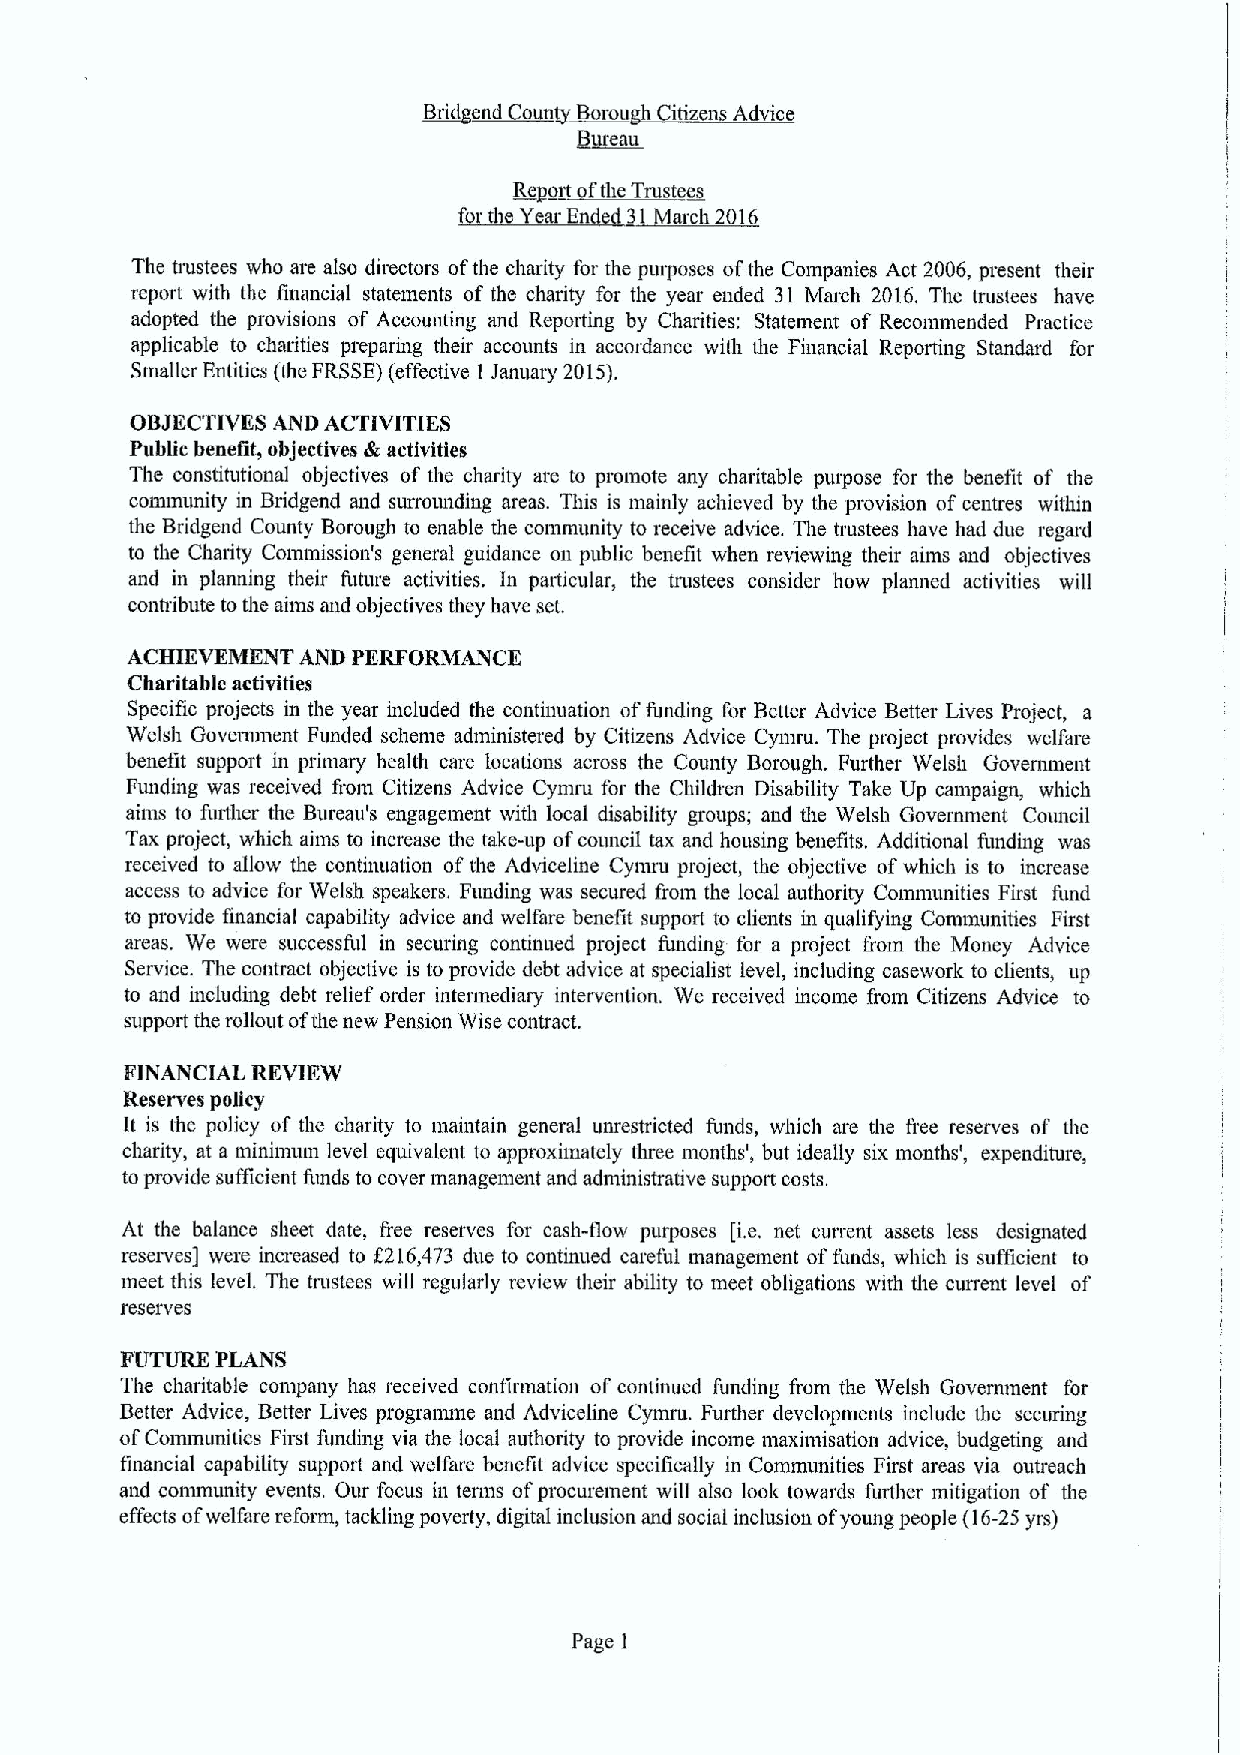
Bridge~nd o n Borou itizen Advice
 ~Beau
 R yat~ftl T tm
 tl e Year End 31March 201
 The ttustees who are also directors ofthe charity for the purposes ofthe Companies Act 2006, present their
 report with the financial statements of the charity for the year ended 31 March 2016. The trustees have
 adopted the provisions of Accounting and Reporting by Charities: Statement of Recommended Practice
 applicable to charities preparing their accounts in accordance with the Financial Reporting Standard for
 Smaller Entities (the FRSSE)(effective 1 January 2015).
 OBJECTIVES AND ACTIVITIES
 Public henefit, objectives &activities
 The constitutional objectives of the charity ate to promote any charitable purpose for the benefit of the
 community in Bridgend and surrounding areas. This is mainly achieved by the provision ofcentres within
 the Bridgend County Borough to enable the community to receive advice. The trustees lutve had due regard
 to the Charity Coimnission's general guidance on public benefit when reviewing their aims and objectives
 and in planning their future activities. In particular, the trustees consider how planned activities will
 contribute tothe aims and objectives they have set.
 ACHIEVEMENT AND PERFORMANCE
 Charitable activities
 Specific projects in the year included the continuation offunding for Better Advice Better Lives Project, a
 Welsh Government Funded scheme administered by Citizens Advice Cymru. The project provides welfare
 benefit support in primary health care locations across the County Borough. Further Welsh Government
 Funding was received fiom Citizens Advice Cymru for the Children Disability Take Up campaign, which
 aims to further the Bureau's engagement with local disability groups; and the Welsh Government Council
 Tax project, which aims to increase the take-up ofcouncil tax and housing benefits. Additional funding was
 received to allow the continuation ofthe Adviceline Cymni project, the objective ofwhich is to increase
 access to advice for Welsh speakers. Funding was secured I'rom the local authority Communities First fund
 to provide financial capability advice and welfare benefit support to clients in qualifying Conununities First
 areas. We were successful in securing continued project funding for a project from the Money Advice
 Service. The contract objective is to provide debt advice at specialist level, including casework to clients, up
 to and including debt relief order intermediary intervention. We received income from Citizens Advice to
 support the rollout ofthe new Pension Wise contract.
 FINANCIAL REVIEW
 Reserves policy
 It is the policy of the charity to maintain general unrestricted funds, which are the fic reserves of the
 charity, at a ininimum level equivalent to approximately three months', but ideally six months', expenditure,
 toprovide sufilcient funds to cover management and administrative support costs.
 At the balance sheet date, free reserves for cash-flow purposes [i.e, net current assets less designated
 reserves] were increased to f 216,473 due to continued careful management of funds, which is sufficient to
 meet this level. The trustees will regularly review their ability to meet obligations with the current level of
 reserves
 FUTURE PLANS
 The charitable company has received confiimation ofcontinued funding from the Welsh Government for
 Better Advice, Better Lives programme and Adviceline Cymru. Further developments include the securing
 ofCommunities First funding via the local authority to provide income maximisation advice, budgeting and
 financial capability suppori and welfare benefit advice specifically in Communities First areas via outreach
 and community events. Our focus in terms ofprocurement will also look towards further mitigation of the
 efiects ofwelfare reform, tackling poverty, digital inclusion and social inclusion ofyoung people (16-25yrs)
 Page 1